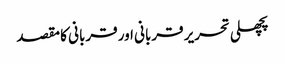
پچھلی تحریر قربانی اور قربانی کا مقصد